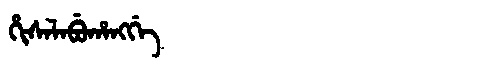
Manchu: ᡥᡳᠰᠠᠯᠠᠪᡠᡥᠠᠩᡤᡝ
Romanization: HISALABUHANGGE